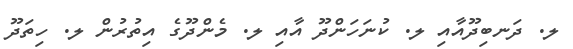
ލ. ދަނބިދޫއާއި ލ. ކުނަހަންދޫ އާއި ލ. މެންދޫގެ އިތުރުން ލ. ހިތަދޫ